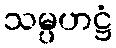
သမ္ပဟဋ္ဌံ